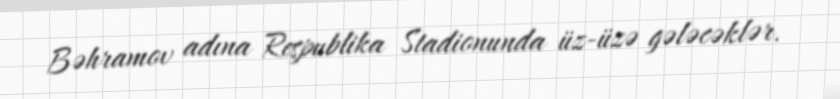
Bəhramov adına Respublika Stadionunda üz-üzə gələcəklər.